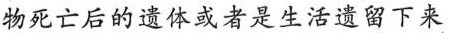
物死亡后的遗体或者是生活遗留下来